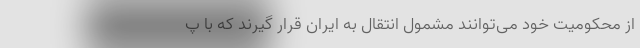
از محکومیت خود می‌توانند مشمول انتقال به ایران قرار گیرند که با پ